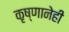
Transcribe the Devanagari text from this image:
कृष्णानेही